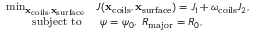
\begin{array} { r l } { \operatorname* { m i n } _ { \mathbf x _ { \mathrm { c o i l s } } , \mathbf x _ { \mathrm { s u r f a c e } } } } & { J ( \mathbf x _ { \mathrm { c o i l s } } , \mathbf x _ { \mathrm { s u r f a c e } } ) = J _ { 1 } + \omega _ { \mathrm { c o i l s } } J _ { 2 } , } \\ { \mathrm { s u b j e c t ~ t o ~ } } & { ~ \psi = \psi _ { 0 } , ~ R _ { \mathrm { m a j o r } } = R _ { 0 } , } \end{array}